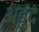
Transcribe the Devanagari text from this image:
अबुंद